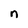
Character: n